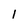
Character: I